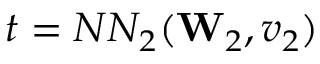
t = N N _ { 2 } ( \mathbf { W } _ { 2 } , v _ { 2 } )